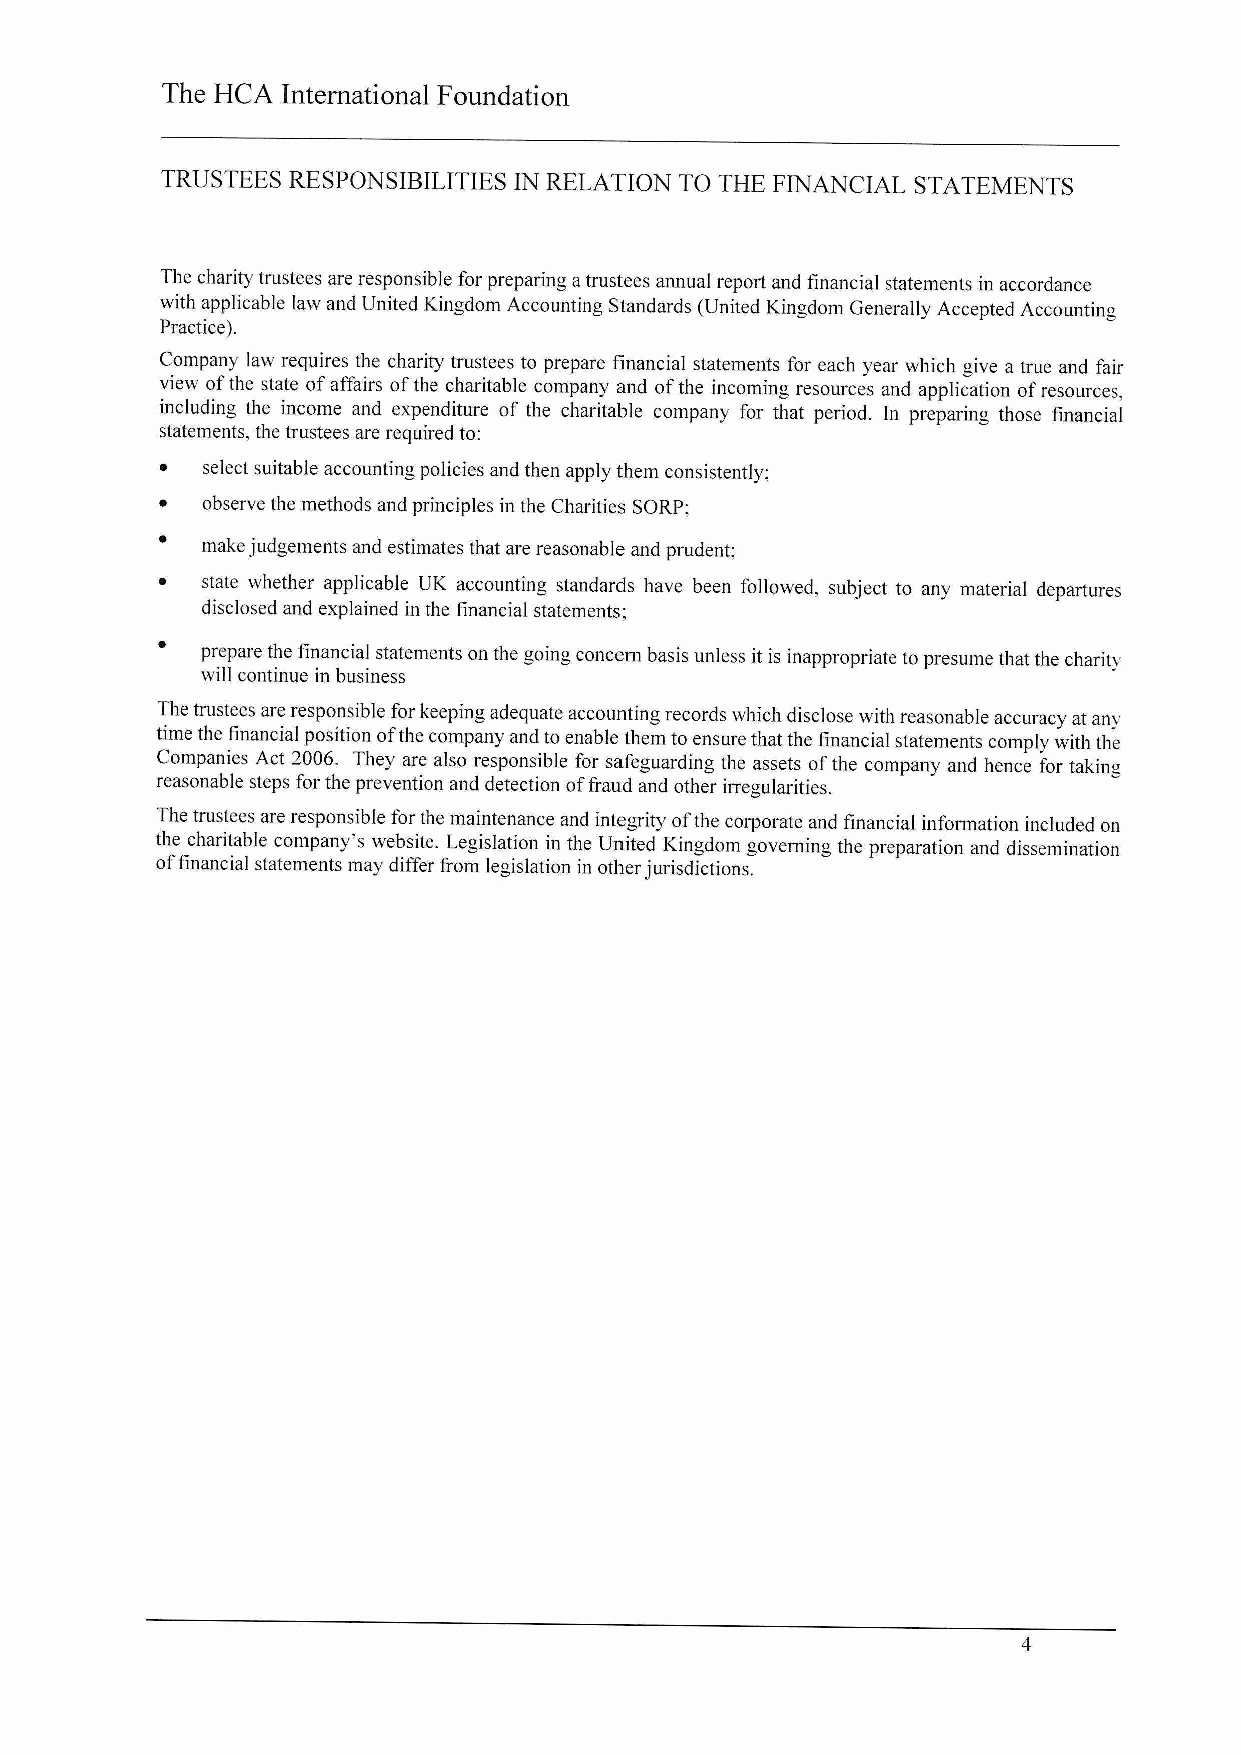
The HCA International Foundation
 TRUSTEES RESPONSIBILITIES IN RELATION TO THE FINANCIAL STATEMENTS
 The charity trustees are responsible for preparing atrustees annual report and financial statements in accordance
 with applicable law and United Kingdom Accounting Standards (United Kingdom Generally Accepted Accounting
 Practice).
 Company law requires the charity trustees to prepare financial statements for each year which give a true and fair
 view ofthe state ofaffairs ofthe charitable company and ofthe incoming resources and application ofresources,
 including the income and expenditure of the charitable company for that period. In preparing those financial
 statements, the trustees are required to:
 ~ select suitable accounting policies and then apply them consistently;
 ~ observe the methods and principles in the Charities SORP;
 make judgements and estimates that are reasonable and prudent;
 ~  state whether applicable UK accounting standards have been followed, subject to any material departures
 disclosed and explained in the financial statements;
 prepare the financial statements on the going concern basis unless it is inappropriate to presume that the charity
 will continue in business
 The trustees are responsible for keeping adequate accounting records which disclose with reasonable accuracy at any
 time the financial position ofthe company and toenable them to ensure that the financial statements comply with the
 Companies Act 2006. They are also responsible for safeguarding the assets ofthe company and hence for taking
 reasonable steps for the prevention and detection offraud and other irregularities.
 The trustees are responsible for the maintenance and integrity ofthe corporate and financial information included on
 the charitable company's website. Legislation in the United Kingdom governing the preparation and dissemination
 offinancial statements may differ from legislation in other jurisdictions.